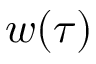
w ( \tau )